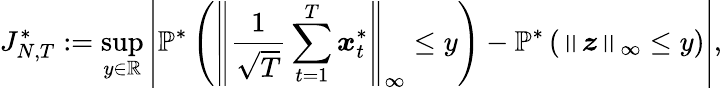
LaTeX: {J_{N,T}^{*}}:=\operatorname*{sup}_{y\in\mathbb{R}}\left\lvert\mathbb{P}^{*}\left(\left\lVert\frac{1}{\sqrt{T}}\sum_{t=1}^{T}\boldsymbol{x}_{t}^{*}\right\rVert_{\infty}\leq y\right)-\mathbb{P}^{*}\left(\left\lVert\boldsymbol{z}\right\rVert_{\infty}\leq y\right)\right\rvert,